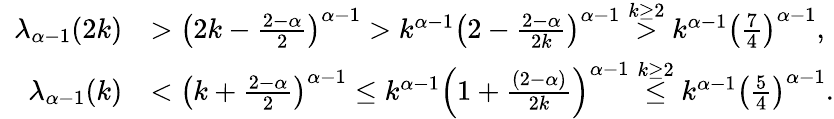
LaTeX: \begin{array}{rl}{\lambda_{\alpha-1}(2k)}&{>\left(2k-\frac{2-\alpha}{2}\right)^{\alpha-1}>k^{\alpha-1}\left(2-\frac{2-\alpha}{2k}\right)^{\alpha-1}\overset{k\ge 2}>k^{\alpha-1}\left(\frac{7}{4}\right)^{\alpha-1},}\\ {\quad\lambda_{\alpha-1}(k)}&{<\left(k+\frac{2-\alpha}2\right)^{\alpha-1}\le k^{\alpha-1}\left(1+\frac{(2-\alpha)}{2k}\right)^{\alpha-1}\overset{k\ge 2}\le k^{\alpha-1}\left(\frac{5}{4}\right)^{\alpha-1}.}\end{array}